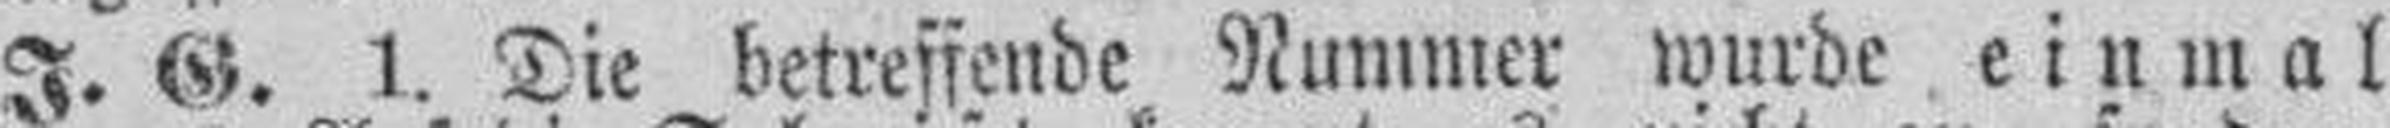
J. G. 1. Die betreffende Nummer wurde einmal